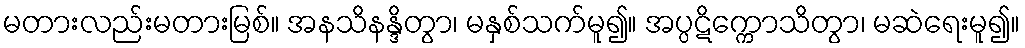
မတားလည်းမတားမြစ်။ အနသိနန္ဒိတွာ၊ မနှစ်သက်မူ၍။ အပ္ပဋိက္ကောသိတွာ၊ မဆဲရေးမူ၍။